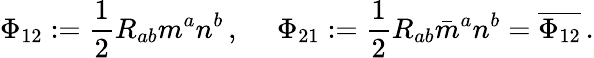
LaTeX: \Phi_{12}:={\frac{1}{2}}R_{ab}m^{a}n^{b}\, ,\quad\; \Phi_{21}:={\frac{1}{2}}R_{ab}{\bar{m}}^{a}n^{b}={\overline{{\Phi_{12}}}}\, .